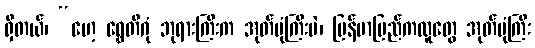
ရှိတယ်၊ “ဟေ့ ရွှေတိဂုံ ဘုရားကြီးက အုတ်ပုံကြီးပဲ၊ မြန်မာပြည်ကလူတွေ အုတ်ပုံကြီး